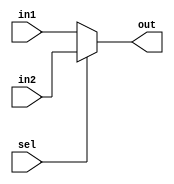
`timescale 1ns / 1ps
//////////////////////////////////////////////////////////////////////////////////
// Company: 
// Engineer: 
// 
// Design Name: 
// Module Name: mux2x1
// Project Name: 
// Target Devices: 
// Tool Versions: 
// Description: 
// 
// Dependencies: 
// 
// Revision:
// Revision 0.01 - File Created
// Additional Comments:
// 
//////////////////////////////////////////////////////////////////////////////////


module mux2x1 #(parameter width = 16)(
              input [width-1:0] in1,       
              input [width-1:0] in2,    
              input sel,                     
              output reg [width-1:0] out          
              );
      
    always @(*)
     begin
       if (sel == 1'b1)
       	out = in2;
       else
        out = in1;
     end
                    
       
endmodule